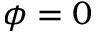
\phi = 0